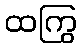
ထကြွ